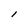
Character: l